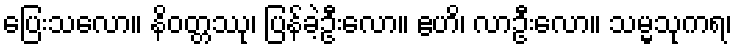
ပြေးသလော။ နိဝတ္တဿု၊ ပြန်ခဲ့ဦးလော။ ဧဟိ၊ လာဦးလော။ သမ္မသုကရ၊